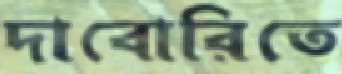
দাবোরিতে